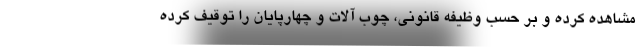
مشاهده کرده و بر حسب وظیفه قانونی، چوب آلات و چهارپایان را توقیف کرده